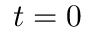
t = 0